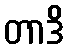
တာဒိ